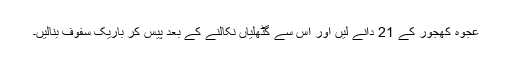
عجوہ کھجور کے 21 دانے لیں اور اس سے گٹھلیاں نکالنے کے بعد پیس کر باریک سفوف بنالیں۔